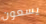
يسعون